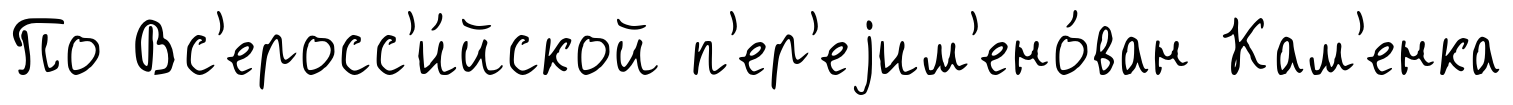
По Вс'еросс'и́йской п'ер'еjим'ено́ван Кам'енка